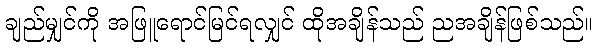
ချည်မျှင်ကို အဖြူရောင်မြင်ရလျှင် ထိုအချိန်သည် ညအချိန်ဖြစ်သည်။